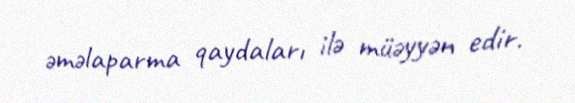
əməlaparma qaydaları ilə müəyyən edir.